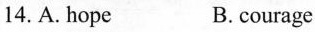
14.A. hope B. courage